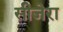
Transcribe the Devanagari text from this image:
सीजेरा